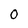
Character: 0